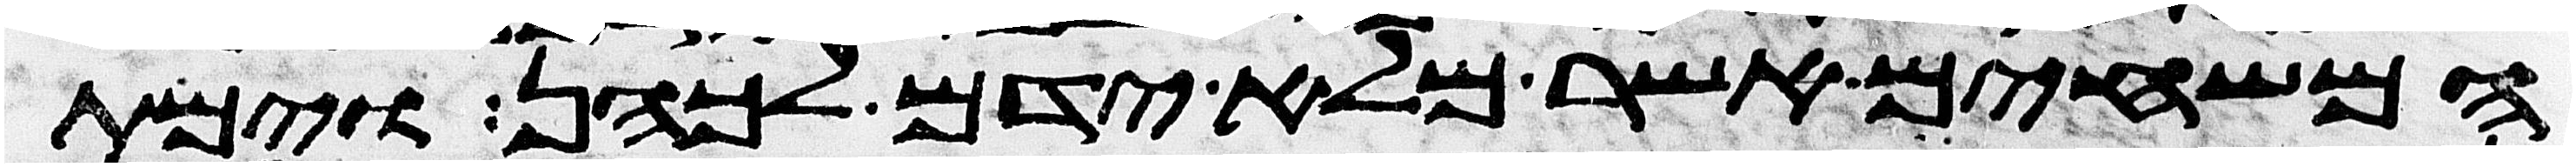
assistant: המשחים אשר מלא ידם לכהן וימת